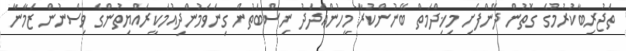
ތަޖުރިބާކުރުމުގެ ގޮތުން ދޭންފެށި މިޚިދްމަތް ބޭނުންކުރާ މީހުންޢަދަދު ނިސްބަތުން ގިނަވަމުންދިއުމަކީރައްޔިތުންގެ ވިސްނުން ޒަމާނާ